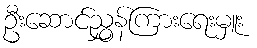
ဦးဆောင်ညွှန်ကြားရေးမှူး